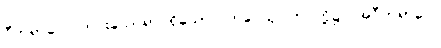
ဝီတရာဂေါ၊ ကင်းသောရာဂရှိသော။ ဘဝေသု၊ ဘဝတို့၌။ အဝီတရာဂေါ၊